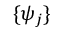
\{ \psi _ { j } \}